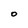
Character: O